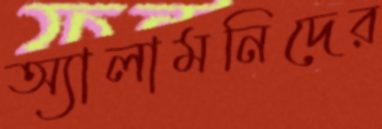
অ্যালামনিদের